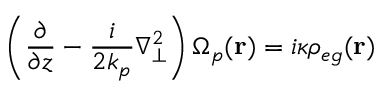
\left( \frac { \partial } { \partial z } - \frac { i } { 2 k _ { p } } \nabla _ { \bot } ^ { 2 } \right) \Omega _ { p } ( \mathbf { r } ) = i \kappa \rho _ { e g } ( \mathbf { r } )